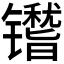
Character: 𬭿